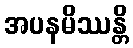
အပနမိဿန္တိ